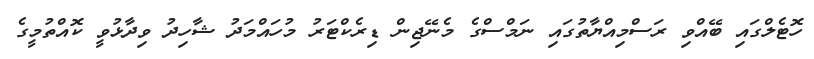
ހޮޓެލްގައި ބޭއްވި ރަސްމިއްޔާތުގައި ނަމްސްގެ މެނޭޖިން ޑިރެކްޓަރު މުހައްމަދު ޝާހިދު ވިދާޅުވީ ކޮއްތުމީގެ